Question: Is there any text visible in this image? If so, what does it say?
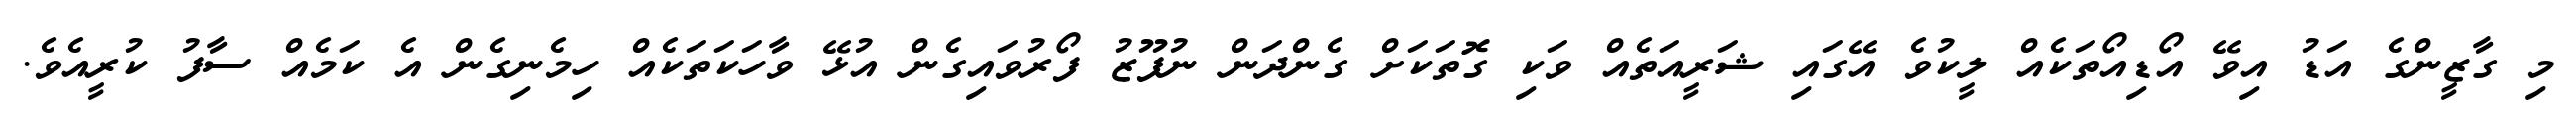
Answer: މި ގާޒީންގެ އަޑު އިވޭ އޯޑިއޯތަކެއް ލީކުވެ އޭގައި ޝަރީއަތެއް ވަކި ގޮތަކަށް ގެންދަން ނުފޫޒު ފޯރުވައިގެން އުޅޭ ވާހަކަތަކެއް ހިމެނިގެން އެ ކަމެއް ސާފު ކުރީއެވެ.